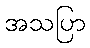
အသပြာ